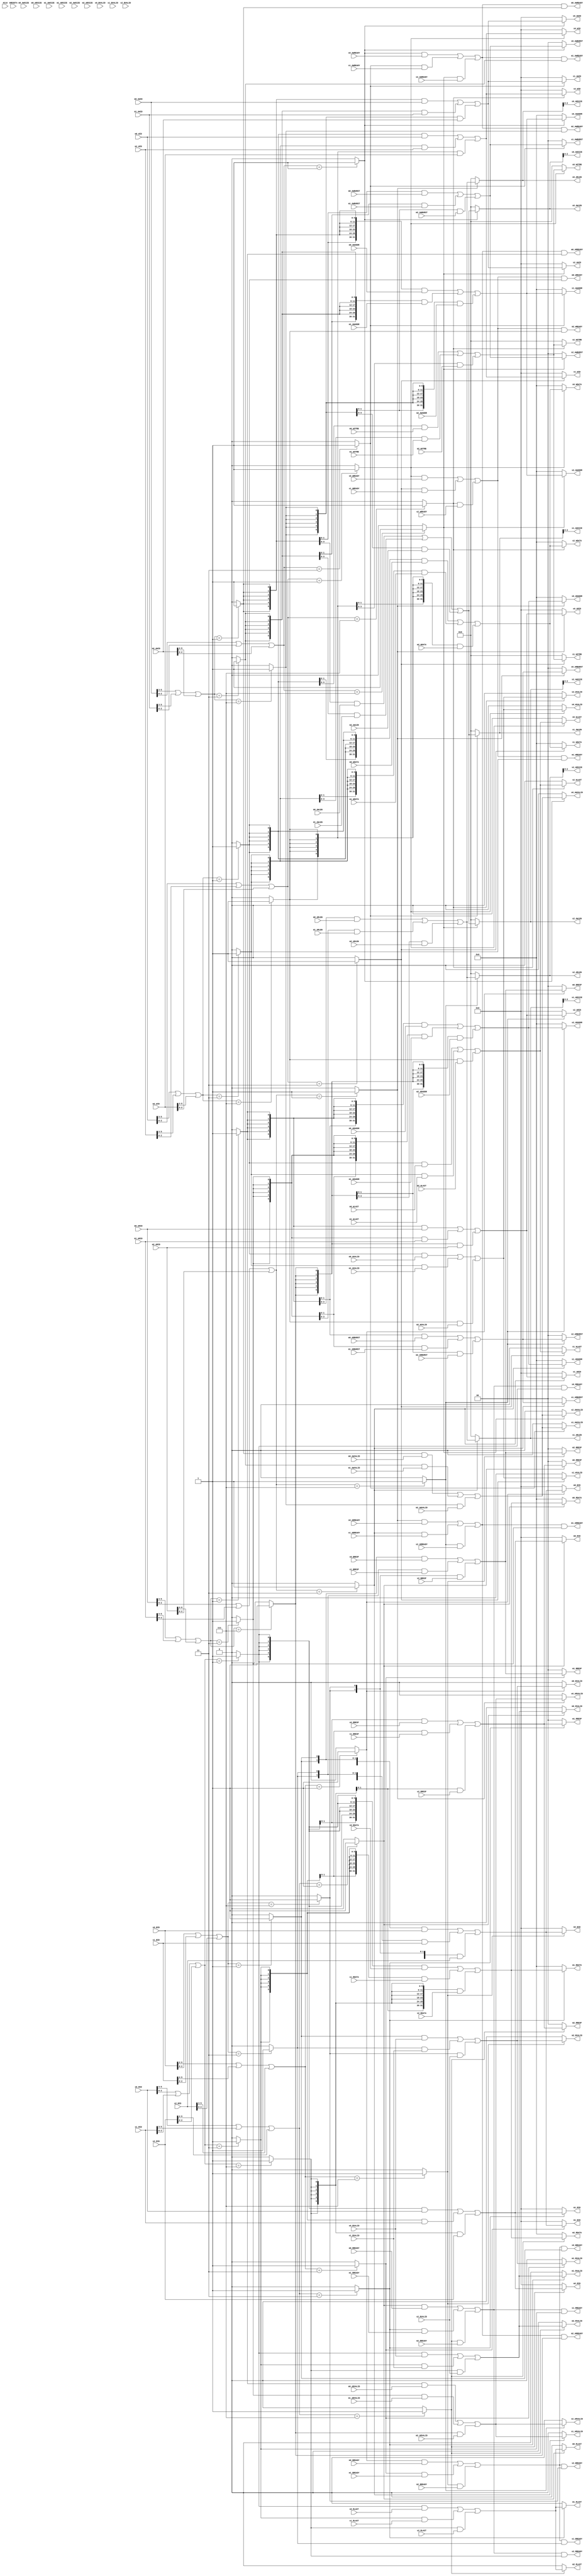


module axi_arbiter#(
  parameter   DATA_WIDTH  = 32,               //
  parameter   ADDR_WIDTH  = 32,               //              
  parameter   ID_WIDTH    = 6,                //ID
  parameter   STRB_WIDTH  = (DATA_WIDTH/8)    //STRB
)(
    // master 0
    // master 0 interface
    //ram
  	input                       ACLK,
	input      	                ARESETn,
    // master 0 interface
	input	   [ADDR_WIDTH-1:0] m0_AWADDR,
	input	   [3:0]            m0_AWLEN,
	input	   [2:0]            m0_AWSIZE,
	input	   [1:0]	        m0_AWBURST,
	input	   [ID_WIDTH -1 :0] m0_AWID,
	input	 	                m0_AWVALID,
	output    	                m0_AWREADY,
	
	input	   [DATA_WIDTH-1:0] m0_WDATA,
	input	   [STRB_WIDTH-1:0] m0_WSTRB,
	input		                m0_WLAST,
	input	   [ID_WIDTH -1 :0] m0_WID,
	input	  	                m0_WVALID,
	output    	                m0_WREADY,
	
	output     [1:0]            m0_BRESP,
	output     [ID_WIDTH -1 :0] m0_BID,
	output    	                m0_BVALID,
	input	  	                m0_BREADY,
	
	input	   [ADDR_WIDTH-1:0] m0_ARADDR,
	input	   [3:0]            m0_ARLEN,
	input	   [2:0]	        m0_ARSIZE,
	input	   [1:0]	        m0_ARBURST,
	input	   [ID_WIDTH -1 :0] m0_ARID,
	input	  	                m0_ARVALID,
	output    	                m0_ARREADY,
	
	output     [DATA_WIDTH-1:0]	m0_RDATA,
	output     [1:0]	        m0_RRESP,
	output    	                m0_RLAST,
	output     [ID_WIDTH -1 :0] m0_RID,
	output                      m0_RVALID,
	input	 	                m0_RREADY,

    // master 1 interface
	input	   [ADDR_WIDTH-1:0] m1_AWADDR,
	input	   [3:0]            m1_AWLEN,
	input	   [2:0]            m1_AWSIZE,
	input	   [1:0]	        m1_AWBURST,
	input	   [ID_WIDTH -1 :0] m1_AWID,
	input	 	                m1_AWVALID,
	output    	                m1_AWREADY,
	
	input	   [DATA_WIDTH-1:0] m1_WDATA,
	input	   [STRB_WIDTH-1:0] m1_WSTRB,
	input		                m1_WLAST,
	input	   [ID_WIDTH -1 :0] m1_WID,
	input	  	                m1_WVALID,
	output    	                m1_WREADY,
	
	output     [1:0]            m1_BRESP,
	output     [ID_WIDTH -1 :0] m1_BID,
	output    	                m1_BVALID,
	input	  	                m1_BREADY,
	
	input	   [ADDR_WIDTH-1:0] m1_ARADDR,
	input	   [3:0]            m1_ARLEN,
	input	   [2:0]	        m1_ARSIZE,
	input	   [1:0]	        m1_ARBURST,
	input	   [ID_WIDTH -1 :0] m1_ARID,
	input	  	                m1_ARVALID,
	output    	                m1_ARREADY,
	
	output     [DATA_WIDTH-1:0]	m1_RDATA,
	output     [1:0]	        m1_RRESP,
	output    	                m1_RLAST,
	output     [ID_WIDTH -1 :0] m1_RID,
	output                      m1_RVALID,
	input	 	                m1_RREADY,
	
    // master 2 interface
	input	   [ADDR_WIDTH-1:0] m2_AWADDR,
	input	   [3:0]            m2_AWLEN,
	input	   [2:0]            m2_AWSIZE,
	input	   [1:0]	        m2_AWBURST,
	input	   [ID_WIDTH -1 :0] m2_AWID,
	input	 	                m2_AWVALID,
	output    	                m2_AWREADY,
	
	input	   [DATA_WIDTH-1:0] m2_WDATA,
	input	   [STRB_WIDTH-1:0] m2_WSTRB,
	input		                m2_WLAST,
	input	   [ID_WIDTH -1 :0] m2_WID,
	input	  	                m2_WVALID,
	output    	                m2_WREADY,
	
	output     [1:0]            m2_BRESP,
	output     [ID_WIDTH -1 :0] m2_BID,
	output    	                m2_BVALID,
	input	  	                m2_BREADY,
	
	input	   [ADDR_WIDTH-1:0] m2_ARADDR,
	input	   [3:0]            m2_ARLEN,
	input	   [2:0]	        m2_ARSIZE,
	input	   [1:0]	        m2_ARBURST,
	input	   [ID_WIDTH -1 :0] m2_ARID,
	input	  	                m2_ARVALID,
	output    	                m2_ARREADY,
	
	output     [DATA_WIDTH-1:0]	m2_RDATA,
	output     [1:0]	        m2_RRESP,
	output    	                m2_RLAST,
	output     [ID_WIDTH -1 :0] m2_RID,
	output                      m2_RVALID,
	input	 	                m2_RREADY,
	
	//s0
    output     [ADDR_WIDTH-1:0] s0_AWADDR,
    output                [1:0] s0_AWBURST,
    output                [3:0]	s0_AWLEN,
    output   [STRB_WIDTH-1:0]   s0_WSTRB,
    output            [2:0]     s0_AWSIZE,
	output     [ID_WIDTH -1 :0] s0_AWID,
    output                      s0_AWVALID,
    input                       s0_AWREADY,
    
    output     [DATA_WIDTH-1:0] s0_WDATA,
    output                      s0_WLAST,
	output     [ID_WIDTH -1 :0] s0_WID,
    output                      s0_WVALID,
    input                       s0_WREADY,
    
    input  [1:0]                s0_BRESP,
	input     [ID_WIDTH -1 :0]  s0_BID,
    input                       s0_BVALID,
    output                      s0_BREADY,
    
    
    output     [ADDR_WIDTH-1:0] s0_ARADDR,
    output      [3:0]           s0_ARLEN,
    output      [2:0]           s0_ARSIZE,
    output      [1:0]           s0_ARBURST,
	output     [ID_WIDTH -1 :0] s0_ARID,
    output                      s0_ARVALID,
    input                       s0_ARREADY,
    
    input  [DATA_WIDTH-1:0]     s0_RDATA,
    input                       s0_RLAST,
    input  [1:0]                s0_RRESP,
	input     [ID_WIDTH -1 :0]  s0_RID,
    input                       s0_RVALID,
    output      	 		    s0_RREADY,
    
	//s1
    output     [ADDR_WIDTH-1:0] s1_AWADDR,
    output                [1:0] s1_AWBURST,
    output                [3:0]	s1_AWLEN,
    output   [STRB_WIDTH-1:0]   s1_WSTRB,
    output            [2:0]     s1_AWSIZE,
	output     [ID_WIDTH -1 :0] s1_AWID,
    output                      s1_AWVALID,
    input                       s1_AWREADY,
    
    output     [DATA_WIDTH-1:0] s1_WDATA,
    output                      s1_WLAST,
	output     [ID_WIDTH -1 :0] s1_WID,
    output                      s1_WVALID,
    input                       s1_WREADY,
    
    input  [1:0]                 s1_BRESP,
	input       [ID_WIDTH -1 :0] s1_BID,
    input                        s1_BVALID,
    output                       s1_BREADY,
    
    
    output     [ADDR_WIDTH-1:0]  s1_ARADDR,
    output      [3:0]            s1_ARLEN,
    output      [2:0]            s1_ARSIZE,
    output      [1:0]            s1_ARBURST,
	output      [ID_WIDTH -1 :0] s1_ARID,
    output                       s1_ARVALID,
    input                        s1_ARREADY,
    
    input  [DATA_WIDTH-1:0]      s1_RDATA,
    input                        s1_RLAST,
    input  [1:0]                 s1_RRESP,
	input       [ID_WIDTH -1 :0] s1_RID,
    input                        s1_RVALID,
    output      	 	     	 s1_RREADY,
    
     //s2
    output     [ADDR_WIDTH-1:0]  s2_AWADDR,
    output                [1:0]  s2_AWBURST,
    output                [3:0]  s2_AWLEN,
    output   [STRB_WIDTH-1:0]    s2_WSTRB,
    output            [2:0]      s2_AWSIZE,
	output      [ID_WIDTH -1 :0] s2_AWID,
    output                       s2_AWVALID,
    input                        s2_AWREADY,
    
    output     [DATA_WIDTH-1:0]  s2_WDATA,
    output                       s2_WLAST,
	output      [ID_WIDTH -1 :0] s2_WID,
    output                       s2_WVALID,
    input                        s2_WREADY,
    
    input  [1:0]                 s2_BRESP,
	input       [ID_WIDTH -1 :0] s2_BID,
    input                        s2_BVALID,
    output                       s2_BREADY,
    
    
    output    [ADDR_WIDTH-1:0]   s2_ARADDR,
    output      [3:0]            s2_ARLEN,
    output      [2:0]            s2_ARSIZE,
    output      [1:0]            s2_ARBURST,
	output      [ID_WIDTH -1 :0] s2_ARID,
    output                       s2_ARVALID,
    input                        s2_ARREADY,
    
    input  [DATA_WIDTH-1:0]      s2_RDATA,
    input                        s2_RLAST,
    input  [1:0]                 s2_RRESP,
	input       [ID_WIDTH -1 :0] s2_RID,
    input                        s2_RVALID,
    output      	 		     s2_RREADY
);

//****************************************************************************
//******************* aribter logic
//****************************************************************************
    localparam [3:0]slave_0 = 3'b001;
    localparam [3:0]slave_1 = 3'b011;
    localparam [3:0]slave_2 = 3'b111;
    
    //rom ram jtag
    localparam [3:0]master_0 = 3'b001;
    localparam [3:0]master_1 = 3'b011;
    localparam [3:0]master_2 = 3'b111;
    
    //jtag 100
    //ram   10
    //rom    1
    wire [2:0]master_AWID_pri = m0_AWID[ID_WIDTH - 1:ID_WIDTH - 3] | m1_AWID[ID_WIDTH - 1:ID_WIDTH - 3]| m2_AWID[ID_WIDTH - 1:ID_WIDTH - 3];
    wire [2:0]master_ARID_pri = m0_ARID[ID_WIDTH - 1:ID_WIDTH - 3] | m1_ARID[ID_WIDTH - 1:ID_WIDTH - 3]| m2_ARID[ID_WIDTH - 1:ID_WIDTH - 3];
    wire [2:0]master_WID_pri = m0_WID[ID_WIDTH - 1:ID_WIDTH - 3] | m1_WID[ID_WIDTH - 1:ID_WIDTH - 3] | m2_WID[ID_WIDTH - 1:ID_WIDTH - 3];
    wire [2:0]slave_AWID_pri = m0_AWID[2:0]  | m1_AWID[2:0]| m2_AWID[2:0] ;
    wire [2:0]slave_ARID_pri = m0_ARID[2:0]  | m1_ARID[2:0] | m2_ARID[2:0] ;
    wire [2:0]slave_WID_pri = m0_WID[2:0]  | m1_WID[2:0]  | m2_WID[2:0]  ;
    
    wire [2:0]master_RID_pri  = s0_RID[ID_WIDTH - 1:ID_WIDTH - 3] | s1_RID[ID_WIDTH - 1:ID_WIDTH - 3] | s2_RID[ID_WIDTH - 1:ID_WIDTH - 3];
    wire [2:0]master_BID_pri  = s0_BID[ID_WIDTH - 1:ID_WIDTH - 3] | s1_BID[ID_WIDTH - 1:ID_WIDTH - 3]| s2_BID[ID_WIDTH - 1:ID_WIDTH - 3];
    wire [2:0]slave_RID_pri  = s0_RID[2:0] | s1_RID[2:0] | s2_RID[2:0];
    wire [2:0]slave_BID_pri  = s0_BID[2:0] | s1_BID[2:0] | s2_BID[2:0];
    
    wire write_addr_m0 = (master_AWID_pri == master_0)?1'b1:1'b0;
    wire write_addr_m1 = (master_AWID_pri == master_1)?1'b1:1'b0;
    wire write_addr_m2 = (master_AWID_pri == master_2)?1'b1:1'b0;
    
    wire read_addr_m0 = (master_ARID_pri == master_0)?1'b1:1'b0;
    wire read_addr_m1 = (master_ARID_pri == master_1)?1'b1:1'b0;
    wire read_addr_m2 = (master_ARID_pri == master_2)?1'b1:1'b0;
    
    wire write_data_m0 = (master_WID_pri == master_0)?1'b1:1'b0;
    wire write_data_m1 = (master_WID_pri == master_1)?1'b1:1'b0;
    wire write_data_m2 = (master_WID_pri == master_2)?1'b1:1'b0;
        
    wire read_data_resp_s0 = ( slave_RID_pri == slave_0)?1'b1:1'b0;
    wire read_data_resp_s1 = ( slave_RID_pri == slave_1)?1'b1:1'b0;
    wire read_data_resp_s2 = ( slave_RID_pri == slave_2)?1'b1:1'b0;
    
    wire write_data_resp_s0 = ( slave_BID_pri == slave_0)?1'b1:1'b0;
    wire write_data_resp_s1 = ( slave_BID_pri == slave_1)?1'b1:1'b0;
    wire write_data_resp_s2 = ( slave_BID_pri == slave_2)?1'b1:1'b0;
    
    wire [ID_WIDTH - 1 :0] master_AWID = {6{write_addr_m0}} & m0_AWID | {6{write_addr_m1}} & m1_AWID | {6{write_addr_m2}} & m2_AWID;
    wire [ID_WIDTH - 1 :0] master_ARID = {6{read_addr_m0}} & m0_ARID | {6{read_addr_m1}} & m1_ARID | {6{read_addr_m2}} & m2_ARID;
    wire [ID_WIDTH - 1 :0] master_WID  = {6{write_data_m0}} & m0_WID | {6{write_data_m1}} & m1_WID | {6{write_data_m2}} & m2_WID;
    
    wire [ID_WIDTH - 1 :0] slave_RID = {6{read_data_resp_s0}} & s0_RID | {6{read_data_resp_s1}} & s1_RID | {6{read_data_resp_s2}} & s2_RID;
    wire [ID_WIDTH - 1 :0] slave_BID = {6{write_data_resp_s0}} & s0_BID | {6{write_data_resp_s1}} & s1_BID | {6{write_data_resp_s2}} & s2_BID;
    
    wire write_addr_slave_mem   =  (slave_AWID_pri == slave_0)?1'b1:1'b0;
    wire write_addr_slave_timer =  (slave_AWID_pri == slave_1)?1'b1:1'b0;
    wire write_addr_slave_gpio  =  (slave_AWID_pri == slave_2)?1'b1:1'b0;
    
    wire read_addr_slave_mem    = (slave_ARID_pri == slave_0)?1'b1:1'b0;
    wire read_addr_slave_timer  = (slave_ARID_pri == slave_1)?1'b1:1'b0;
    wire read_addr_slave_gpio   = (slave_ARID_pri == slave_2)?1'b1:1'b0;
    
    wire write_data_slave_mem   = (slave_WID_pri == slave_0)?1'b1:1'b0;
    wire write_data_slave_timer = (slave_WID_pri == slave_1)?1'b1:1'b0;
    wire write_data_slave_gpio  = (slave_WID_pri == slave_2)?1'b1:1'b0;
    
    wire write_resp_master_m0   =  (master_BID_pri == master_0)?1'b1:1'b0;
    wire write_resp_master_m1   =  (master_BID_pri == master_1)?1'b1:1'b0;
    wire write_resp_master_m2   =  (master_BID_pri == master_2)?1'b1:1'b0;
    
    
    wire read_resp_master_m0   =  (master_RID_pri == master_0)?1'b1:1'b0;
    wire read_resp_master_m1   =  (master_RID_pri == master_1)?1'b1:1'b0;
    wire read_resp_master_m2   =  (master_RID_pri == master_2)?1'b1:1'b0;
    
    
//**************************************************************************************	
// ******************** write addr channel
//**************************************************************************************	
    wire [ADDR_WIDTH - 1 :0] master_AWADDR = {32{write_addr_m0}} & m0_AWADDR | {32{write_addr_m1}} & m1_AWADDR | {32{write_addr_m2}} & m2_AWADDR;
	wire	   [3:0]          master_AWLEN   = {4{write_addr_m0}} & m0_AWLEN   | {4{write_addr_m1}} & m1_AWLEN | {4{write_addr_m2}} & m2_AWLEN;
	wire	   [2:0]         master_AWSIZE  = {3{write_addr_m0}} & m0_AWSIZE   | {3{write_addr_m1}} & m1_AWSIZE | {3{write_addr_m2}} & m2_AWSIZE;
	wire	   [1:0]	     master_AWBURST = {2{write_addr_m0}} & m0_AWBURST  | {2{write_addr_m1}} & m1_AWBURST | {2{write_addr_m2}} & m2_AWBURST;
	wire	 	             master_AWVALID = {{write_addr_m0}} & m0_AWVALID | {{write_addr_m1}} & m1_AWVALID | {{write_addr_m2}} & m2_AWVALID;

    wire slabe_AWREADY  = write_addr_slave_mem & s0_AWREADY |  write_addr_slave_timer & s1_AWREADY |  write_addr_slave_gpio & s2_AWREADY;
	//m0 answer
    assign m0_AWREADY      = slabe_AWREADY & write_addr_m0;
	//m1 answer
    assign m1_AWREADY      = slabe_AWREADY & write_addr_m1;
	//m2 answer
    assign m2_AWREADY      = slabe_AWREADY & write_addr_m2;
    
	//s0 req
    assign  s0_AWADDR                = (write_addr_slave_mem)?master_AWADDR:32'd0;
    assign  s0_AWBURST               = (write_addr_slave_mem)?master_AWBURST:'d0;
    assign  s0_AWLEN                 = (write_addr_slave_mem)?master_AWLEN:'d0;
    assign  s0_AWVALID               = (write_addr_slave_mem)?master_AWVALID:'d0;
    assign  s0_AWSIZE                 = (write_addr_slave_mem)?master_AWLEN:'d0;
    assign  s0_AWID                   = (write_addr_slave_mem)?master_AWID:'d0;
    
	//s1 req
    assign  s1_AWADDR                = (write_addr_slave_timer)?master_AWADDR:32'd0;
    assign  s1_AWBURST               = (write_addr_slave_timer)?master_AWBURST:'d0;
    assign  s1_AWLEN                 = (write_addr_slave_timer)?master_AWLEN:'d0;
    assign  s1_AWVALID               = (write_addr_slave_timer)?master_AWVALID:'d0;
    assign  s1_AWSIZE                 = (write_addr_slave_timer)?master_AWLEN:'d0;
    assign  s1_AWID                   = (write_addr_slave_timer)?master_AWID:'d0;
    
	//s2 req
    assign  s2_AWADDR                = (write_addr_slave_gpio)?master_AWADDR:32'd0;
    assign  s2_AWBURST               = (write_addr_slave_gpio)?master_AWBURST:'d0;
    assign  s2_AWLEN                 = (write_addr_slave_gpio)?master_AWLEN:'d0;
    assign  s2_AWVALID               = (write_addr_slave_gpio)?master_AWVALID:'d0;
    assign  s2_AWSIZE                = (write_addr_slave_gpio)?master_AWLEN:'d0;
    assign  s2_AWID                  = (write_addr_slave_gpio)?master_AWID:'d0;
    
//**************************************************************************************	
// ******************** write data channel
//**************************************************************************************	
	wire	   [DATA_WIDTH-1:0] master_WDATA = {32{write_data_m0}} & m0_WDATA | {32{write_data_m1}} & m1_WDATA | {32{write_data_m2}} & m2_WDATA;
	wire	   [STRB_WIDTH-1:0] master_WSTRB = {4{write_data_m0}} & m0_WSTRB | {4{write_data_m1}} & m1_WSTRB   | {4{write_data_m2}} & m2_WSTRB;
	wire		                master_WLAST =  {{write_data_m0}} & m0_WLAST | {{write_data_m1}} & m1_WLAST   | {{write_data_m2}} & m2_WLAST;
	wire	  	                master_WVALID = {{write_data_m0}} & m0_WVALID | {{write_data_m1}} & m1_WVALID   | {{write_data_m2}} & m2_WVALID;

    wire slave_WREADY  = write_data_slave_mem & s0_WREADY |  write_data_slave_timer & s1_WREADY |  write_data_slave_gpio & s2_WREADY;
	//m0 answer looping?
    assign m0_WREADY      = slave_WREADY & write_data_m0;
	//m1 answer
    assign m1_WREADY      = slave_WREADY & write_data_m1;
	//m2 answer
    assign m2_WREADY      = slave_WREADY & write_data_m2;
    
	//s0 data
    assign  s0_WDATA               = (write_data_slave_mem)?master_WDATA:32'd0;
    assign  s0_WSTRB               = (write_data_slave_mem)?master_WSTRB:'d0;
    assign  s0_WLAST               = (write_data_slave_mem)?master_WLAST:'d0;
    assign  s0_WVALID               = (write_data_slave_mem)?master_WVALID :'d0;
    assign  s0_WID                  = (write_data_slave_mem)?master_WID:'d0;
    
	//s1 data
    assign  s1_WDATA               = (write_data_slave_timer)?master_WDATA:32'd0;
    assign  s1_WSTRB               = (write_data_slave_timer)?master_WSTRB:'d0;
    assign  s1_WLAST               = (write_data_slave_timer)?master_WLAST:'d0;
    assign  s1_WVALID               = (write_data_slave_timer)?master_WVALID :'d0;
    assign  s1_WID                  = (write_data_slave_timer)?master_WID:'d0;
    
	//s2 data
    assign  s2_WDATA               = (write_data_slave_gpio)?master_WDATA:32'd0;
    assign  s2_WSTRB               = (write_data_slave_gpio)?master_WSTRB:'d0;
    assign  s2_WLAST               = (write_data_slave_gpio)?master_WLAST:'d0;
    assign  s2_WVALID               = (write_data_slave_gpio)?master_WVALID :'d0;
    assign  s2_WID                  = (write_data_slave_gpio)?master_WID:'d0;
    
//**************************************************************************************	
// ******************** read addr channel
//**************************************************************************************	
    wire [ADDR_WIDTH - 1 :0] master_ARADDR = {32{read_addr_m0}} & m0_ARADDR | {32{read_addr_m1}} & m1_ARADDR | {32{read_addr_m2}} & m2_ARADDR;
	wire	   [3:0]         master_ARLEN   = {4{read_addr_m0}} & m0_ARLEN   | {4{read_addr_m1}} & m1_ARLEN | {4{read_addr_m2}} & m2_ARLEN;
	wire	   [2:0]         master_ARSIZE  = {3{read_addr_m0}} & m0_ARSIZE   | {3{read_addr_m1}} & m1_ARSIZE | {3{read_addr_m2}} & m2_ARSIZE;
	wire	   [1:0]	     master_ARBURST = {2{read_addr_m0}} & m0_ARBURST  | {2{read_addr_m1}} & m1_ARBURST | {2{read_addr_m2}} & m2_ARBURST;
	wire	 	             master_ARVALID = {{read_addr_m0}} & m0_ARVALID | {{read_addr_m1}} & m1_ARVALID | {{read_addr_m2}} & m2_ARVALID;

    wire slave_ARREADY   =   read_addr_slave_mem & s0_ARREADY |  read_addr_slave_timer & s1_ARREADY |  read_addr_slave_gpio & s2_ARREADY;
    
	//m0 answer
    assign m0_ARREADY      = slave_ARREADY & read_addr_m0;
	//m1 answer
    assign m1_ARREADY      = slave_ARREADY & read_addr_m1;
	//m2 answer
    assign m2_ARREADY      = slave_ARREADY & read_addr_m2;
    
	//s0 req
    assign  s0_ARADDR                = (read_addr_slave_mem)?master_ARADDR:32'd0;
    assign  s0_ARBURST               = (read_addr_slave_mem)?master_ARBURST:'d0;
    assign  s0_ARLEN                 = (read_addr_slave_mem)?master_ARLEN:'d0;
    assign  s0_ARVALID               = (read_addr_slave_mem)?master_ARVALID:'d0;
    assign  s0_ARSIZE                = (read_addr_slave_mem)?master_ARLEN:'d0;
    assign  s0_ARID                  = (read_addr_slave_mem)?master_ARID:'d0;
    
	//s1 req
    assign  s1_ARADDR                = (read_addr_slave_timer)?master_ARADDR:32'd0;
    assign  s1_ARBURST               = (read_addr_slave_timer)?master_ARBURST:'d0;
    assign  s1_ARLEN                 = (read_addr_slave_timer)?master_ARLEN:'d0;
    assign  s1_ARVALID               = (read_addr_slave_timer)?master_ARVALID:'d0;
    assign  s1_ARSIZE                = (read_addr_slave_timer)?master_ARLEN:'d0;
    assign  s1_ARID                  = (read_addr_slave_timer)?master_ARID:'d0;
    
	//s2 req
    assign  s2_ARADDR                = (read_addr_slave_gpio)?master_ARADDR:32'd0;
    assign  s2_ARBURST               = (read_addr_slave_gpio)?master_ARBURST:'d0;
    assign  s2_ARLEN                 = (read_addr_slave_gpio)?master_ARLEN:'d0;
    assign  s2_ARVALID               = (read_addr_slave_gpio)?master_ARVALID:'d0;
    assign  s2_ARSIZE                = (read_addr_slave_gpio)?master_ARLEN:'d0;
    assign  s2_ARID                  = (read_addr_slave_gpio)?master_ARID:'d0;
	
	
//**************************************************************************************	
// ******************** read resp channel
//**************************************************************************************	
	
    wire [ADDR_WIDTH - 1 :0]slave_RDATA = {32{read_data_resp_s0}} & s0_RDATA | {32{read_data_resp_s1}} & s1_RDATA | {32{read_data_resp_s2}} & s2_RDATA;
	wire	 [1:0]           slave_RRESP = {2{read_data_resp_s0}} & s0_RRESP | {2{read_data_resp_s1}} & s1_RRESP | {2{read_data_resp_s2}} & s2_RRESP;
	wire	     	       slave_RLAST = {{read_data_resp_s0}} & s0_RLAST  | {{read_data_resp_s1}} & s1_RLAST | {{read_data_resp_s2}} & s2_RLAST;
	wire	            slave_RVALID   = {{read_data_resp_s0}} & s0_RVALID   | {{read_data_resp_s1}} & s1_RVALID | {{read_data_resp_s2}} & s2_RVALID;

    wire master_RREADY   =   read_resp_master_m0 & m0_RREADY |  read_resp_master_m1 & m1_RREADY |  read_resp_master_m2 & m2_RREADY;
   
	//s0 answer
    assign s0_RREADY      = master_RREADY & read_data_resp_s0;
	//s1 answer
    assign s1_RREADY      = master_RREADY & read_data_resp_s1;
	//s2 answer
    assign s2_RREADY      = master_RREADY & read_data_resp_s2;
    
	//m0 resp
    assign  m0_RDATA                 = (read_resp_master_m0)?slave_RDATA:32'd0;
    assign  m0_RRESP                 = (read_resp_master_m0)?slave_RRESP:'d0;
    assign  m0_RLAST                 = (read_resp_master_m0)?slave_RLAST:'d0;
    assign  m0_RID                   = (read_resp_master_m0)?slave_RID:'d0;
    assign  m0_RVALID                = (read_resp_master_m0)?slave_RVALID:'d0;
    
	//m1 resp
    assign  m1_RDATA                 = (read_resp_master_m1)?slave_RDATA:32'd0;
    assign  m1_RRESP                 = (read_resp_master_m1)?slave_RRESP:'d0;
    assign  m1_RLAST                 = (read_resp_master_m1)?slave_RLAST:'d0;
    assign  m1_RID                   = (read_resp_master_m1)?slave_RID:'d0;
    assign  m1_RVALID                = (read_resp_master_m1)?slave_RVALID:'d0;
    
	//m2 resp
    assign  m2_RDATA                 = (read_resp_master_m2)?slave_RDATA:32'd0;
    assign  m2_RRESP                 = (read_resp_master_m2)?slave_RRESP:'d0;
    assign  m2_RLAST                 = (read_resp_master_m2)?slave_RLAST:'d0;
    assign  m2_RID                   = (read_resp_master_m2)?slave_RID:'d0;
    assign  m2_RVALID                = (read_resp_master_m2)?slave_RVALID:'d0;
    
    
	
//**************************************************************************************	
// ******************** write resp channel
//**************************************************************************************	
  

	wire	 [1:0]   slave_BRESP  = {2{write_data_resp_s0}} & s0_BRESP   | {2{write_data_resp_s1}} & s1_BRESP | {2{write_data_resp_s2}} & s2_BRESP;
	wire	         slave_BVALID = {{write_data_resp_s0}} & s0_RVALID   | {{write_data_resp_s1}} & s1_RVALID | {{write_data_resp_s2}} & s2_RVALID;
	
	
    wire master_BREADY = write_resp_master_m0 & m0_BREADY |  write_resp_master_m1 & m1_BREADY |  write_resp_master_m2 & m2_BREADY;

	//s0 answer
    assign s0_BREADY      = master_BREADY & write_data_resp_s0;
	//s1 answer
    assign s1_BREADY      = master_BREADY & write_data_resp_s1;
	//s2 answer
    assign s2_BREADY      = master_BREADY & write_data_resp_s2;
    
	//m0 resp
    assign  m0_BRESP                 = (write_resp_master_m0)?slave_BRESP:'d0;
    assign  m0_BID                   = (write_resp_master_m0)?slave_BID:'d0;
    assign  m0_BVALID                = (write_resp_master_m0)?slave_BVALID:'d0;
    
	//m1 resP
    assign  m1_BRESP                 = (write_resp_master_m1)?slave_BRESP:'d0;
    assign  m1_BID                   = (write_resp_master_m1)?slave_BID:'d0;
    assign  m1_BVALID                = (write_resp_master_m1)?slave_BVALID:'d0;
    
	//m2 resp
    assign  m2_BRESP                 = (write_resp_master_m2)?slave_BRESP:'d0;
    assign  m2_BID                   = (write_resp_master_m2)?slave_BID:'d0;
    assign  m2_BVALID                = (write_resp_master_m2)?slave_BVALID:'d0;
    
    
endmodule